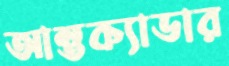
আন্তক্যাডার